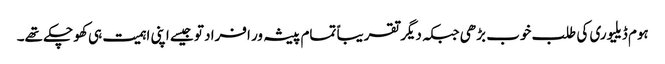
ہوم ڈیلیوری کی طلب خوب بڑھی جبکہ دیگر تقریباً تمام پیشہ ور افراد تو جیسے اپنی اہمیت ہی کھو چکے تھے۔